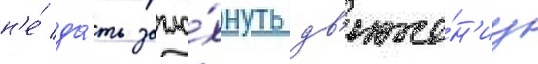
н'е́ да́ть загло́хнуть дв'иже́н'иу